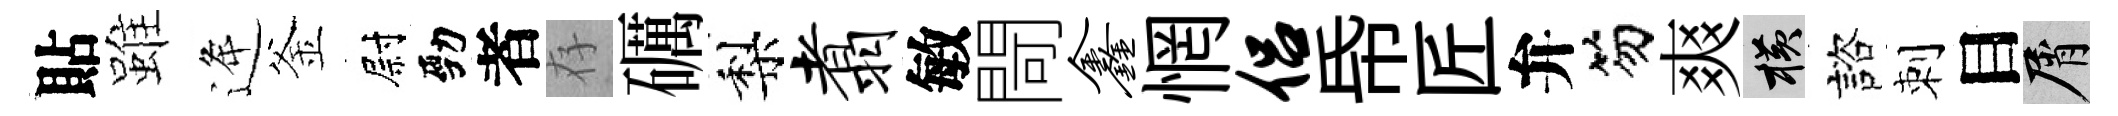
貼雖逄釜尉勁者存礪梨翥敏閜鑫惘侣帋匠弁笏爽横諮刺目屑